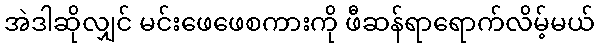
အဲဒါဆိုလျှင် မင်းဖေဖေစကားကို ဖီဆန်ရာရောက်လိမ့်မယ်